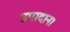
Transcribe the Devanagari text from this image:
उपादान।